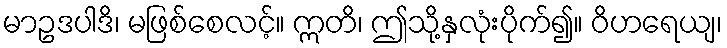
မာဥဒပါဒိ၊ မဖြစ်စေလင့်။ ဣတိ၊ ဤသို့နှလုံးပိုက်၍။ ဝိဟရေယျ၊